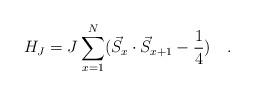
LaTeX: \begin{align*}H_{J}=J\sum_{x=1}^{N}(\vec{S}_{x}\cdot \vec{S}_{x+1}-\frac{1}{4})\quad .\end{align*}